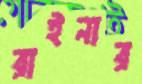
রাইনার